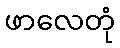
ဖာလေတုံ